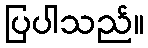
ပြပါသည်။